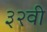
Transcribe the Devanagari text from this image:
३२वी